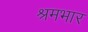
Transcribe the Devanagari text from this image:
श्रमभार